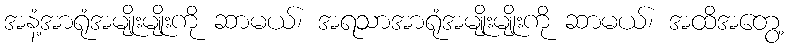
အနံ့အာရုံအမျိုးမျိုးကို ဆာမယ်၊ အရသာအာရုံအမျိုးမျိုးကို ဆာမယ်၊ အထိအတွေ့